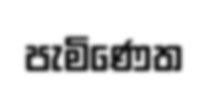
පැමිණෙත